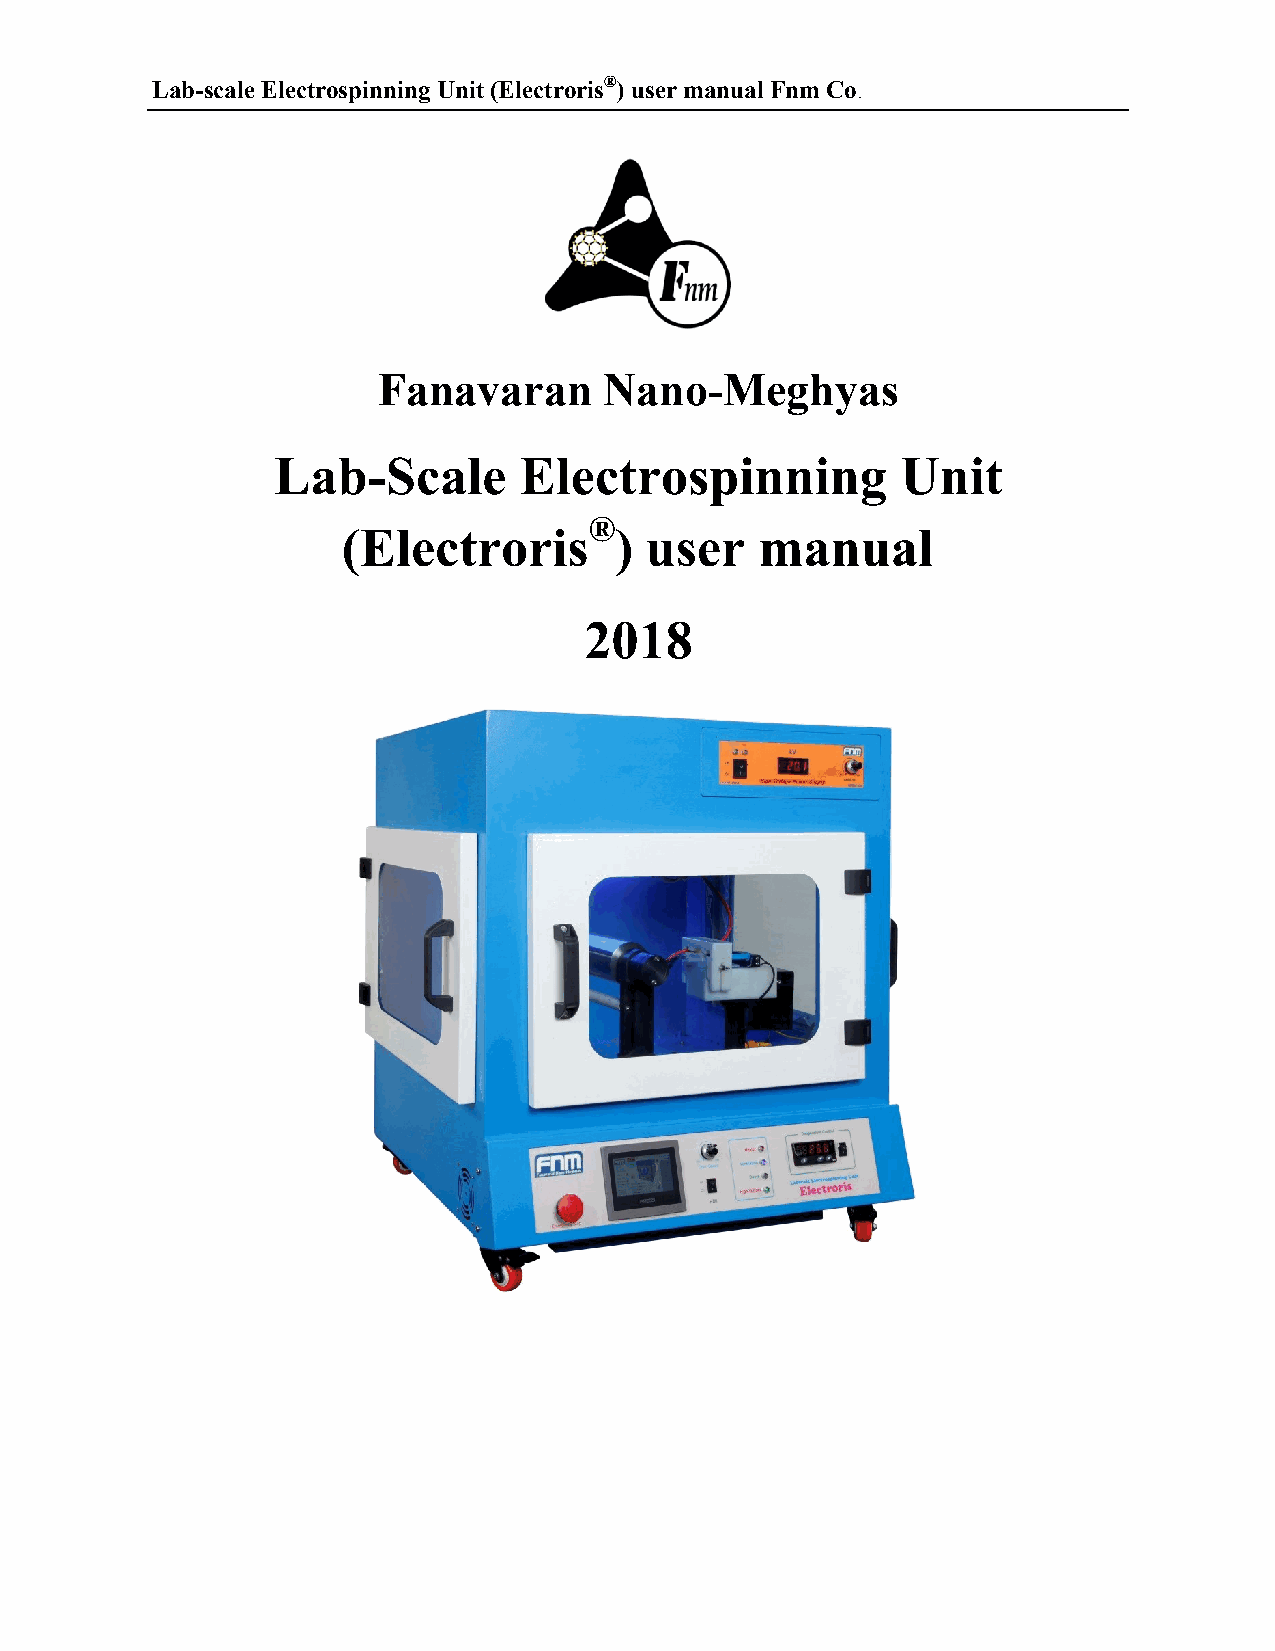
Lab-scale Electrospinning Unit (Electroris®) user manual Fnm Co.
 Fanavaran      Nano-Meghyas
 Lab-Scale       Electrospinning           Unit
 ®
 (Electroris       ) user   manual
 2018